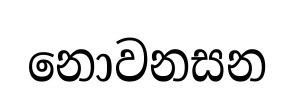
නොවනසන